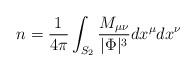
LaTeX: \begin{align*}n = {1 \over 4\pi} \int_{S_2} {M_{\mu\nu} \over |\Phi|^3} dx^{\mu}dx^{\nu}\end{align*}